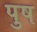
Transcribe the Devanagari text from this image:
पुष